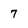
Character: 7